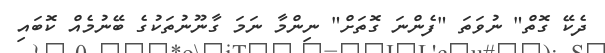
ދެކޭ ގޮތް" ނުވަތަ "ފެންނަ ގޮތަށް" ނިންމާ ނަމަ ގާނޫނުތަކުގެ ބޭނުމެއް ކޮބައި